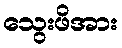
သွေးဖိအား